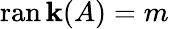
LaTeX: \operatorname{ran\mathbf{k}}(A)=m